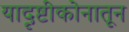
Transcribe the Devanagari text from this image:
यादृष्टीकोनातून